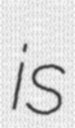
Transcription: is